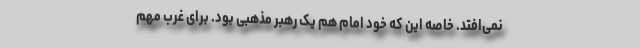
نمی‌افتد. خاصه این که خود امام هم یک رهبر مذهبی بود. برای غرب مهم